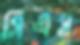
সিএস